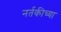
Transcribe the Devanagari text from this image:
नर्तकीच्या